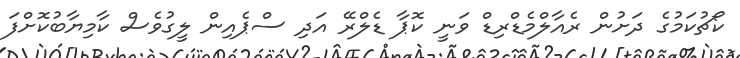
ކޯޗުކަމުގެ ދަށުން ރެއާލްމެޑްރިޑް ވަނީ ކޮޕާ ޑެލްރޭ އަދި ސްޕެއިން ލީގުވެސް ކާމިޔާބުކޮށްފަ